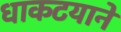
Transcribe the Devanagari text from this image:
धाकटयानें